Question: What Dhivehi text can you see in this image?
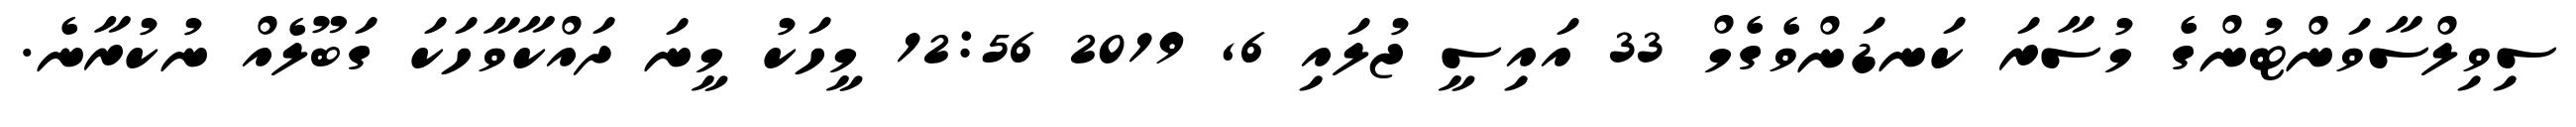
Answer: ސިވިލްސާވަންޓުންގެ މުސާރަ ކަނޑަންވެގެމް 33 އައިސީ ޖުލައި 6, 2019 12:56 މީހަކު މީނަ ދައްކާވާހަކަ ގަބޫލެއް ނުކުރާނެ.